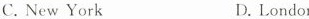
C. New York D. London